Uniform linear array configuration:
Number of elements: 8
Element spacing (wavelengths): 0.75
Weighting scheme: blackman
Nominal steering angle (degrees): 45
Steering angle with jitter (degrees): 44.146
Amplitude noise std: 0.05
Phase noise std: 0.05

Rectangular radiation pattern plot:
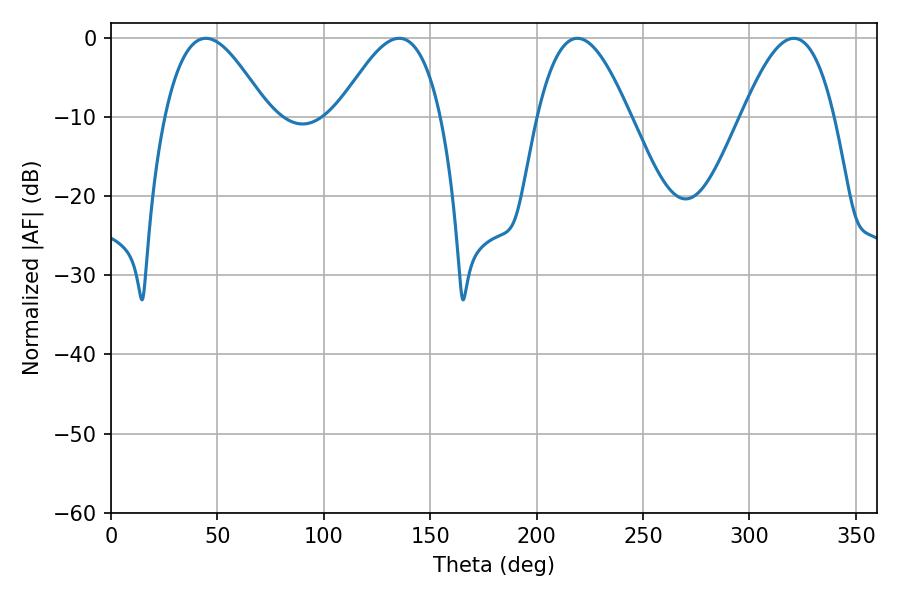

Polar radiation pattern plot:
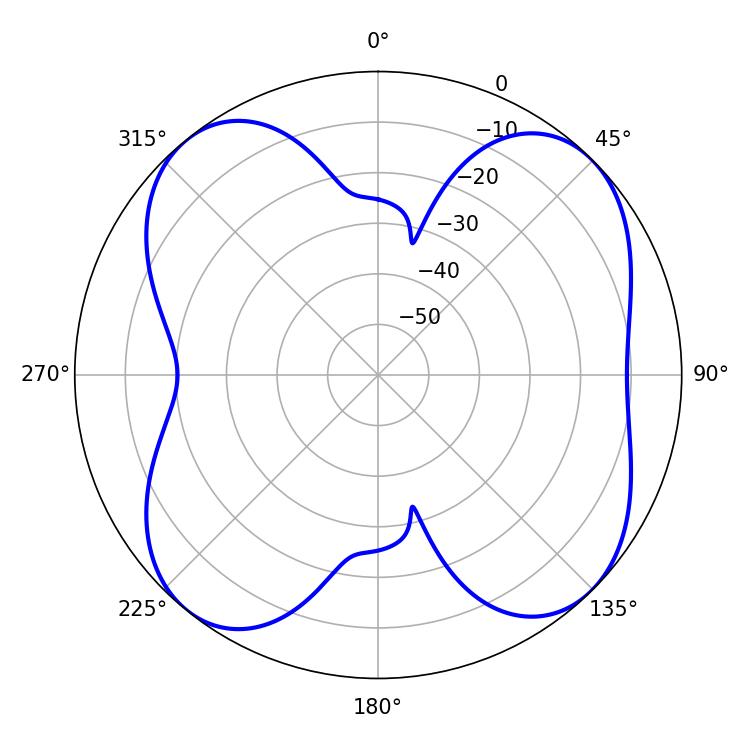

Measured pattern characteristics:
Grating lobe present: TRUE
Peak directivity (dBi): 10.604
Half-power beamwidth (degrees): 26.28
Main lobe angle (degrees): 44.64